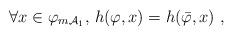
LaTeX: \begin{align*}\forall x \in \varphi_{m\mathcal{A}_{1}} , \, h(\varphi,x) = h(\bar{\varphi},x) ~,\end{align*}